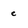
Character: e